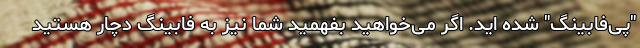
"پی‌فابینگ" شده اید. اگر می‌خواهید بفهمید شما نیز به فابینگ دچار هستید